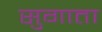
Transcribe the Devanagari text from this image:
सुगाता